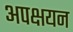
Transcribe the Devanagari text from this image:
अपक्षयन